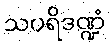
သပရိဒဏ္ဍံ